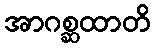
အာဂစ္ဆထာတိ